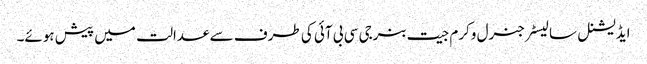
ایڈیشنل سالیسٹرجنرل وکرم جیت بنرجی سی بی آئی کی طرف سے عدالت میں پیش ہوئے۔